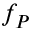
f _ { P }